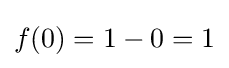
f(0)=1-0=1